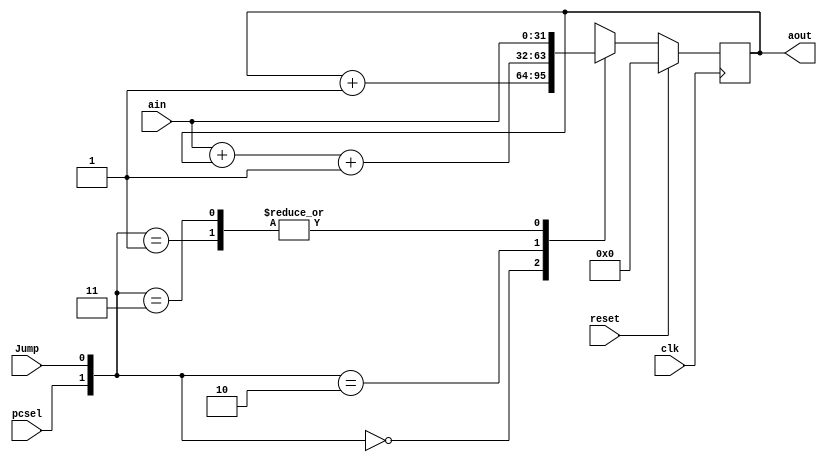
module pclogic(clk, reset,Jump, ain, aout, pcsel);

input reset;
input clk;
input [31:0] ain;
input Jump;
//pecsel = branch & zero
input pcsel;

output reg [31:0] aout;

always @(posedge clk ) begin
	if (reset==1)
		aout<=32'b0;
	else
	case({pcsel,Jump})
	2'b00: aout<=aout+1;
	2'b10: aout<=ain+aout+1;
	2'b01: aout<=ain;
	2'b11:aout<=ain;
	endcase

end

endmodule